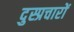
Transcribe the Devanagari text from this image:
दुस्प्रचारों